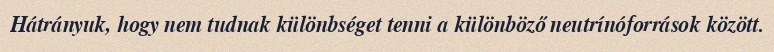
Hátrányuk, hogy nem tudnak különbséget tenni a különböző neutrínóforrások között.